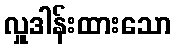
လှူဒါန်းထားသော